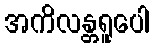
အကိလန္တရူပေါ